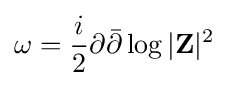
\omega ={\frac {i}{2}}\partial {\bar {\partial }}\log |\mathbf {Z} |^{2}